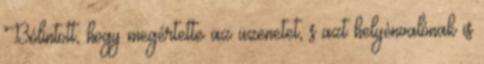
Bólintott, hogy megértette az üzenetet, s azt helyénvalónak is